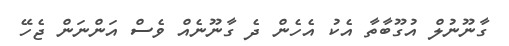
ގާނޫނުލް އުގޫބާތާ އެކު އެހެން ދެ ގާނޫނެއް ވެސް އަންނަން ޖެހޭ